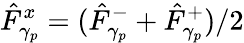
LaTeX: \hat{F}_{\gamma_{p}}^{x}=(\hat{F}_{\gamma_{p}}^{-}+\hat{F}_{\gamma_{p}}^{+})/2